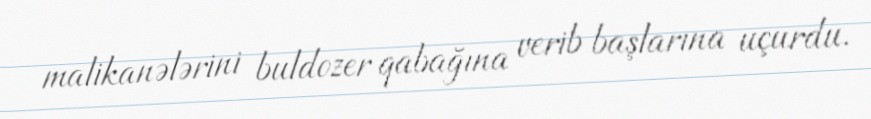
malikanələrini buldozer qabağına verib başlarına uçurdu.